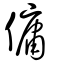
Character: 傭